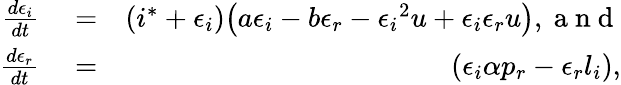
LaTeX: \begin{array}{rlr}{\frac{d\epsilon_{i}}{dt}}&{{}=}&{(i^{*}+\epsilon_{i})\big(a\epsilon_{i}-b\epsilon_{r}-{\epsilon_{i}}^{2}u+\epsilon_{i}\epsilon_{r}u\big),\mathrm{~a~n~d~}}\\ {\frac{d\epsilon_{r}}{dt}}&{{}=}&{\left(\epsilon_{i}\alpha p_{r}-\epsilon_{r}l_{i}\right),}\end{array}